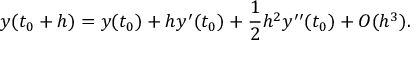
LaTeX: y ( t _ { 0 } + h ) = y ( t _ { 0 } ) + h y ^ { \prime } ( t _ { 0 } ) + { \frac { 1 } { 2 } } h ^ { 2 } y ^ { \prime \prime } ( t _ { 0 } ) + O ( h ^ { 3 } ) .